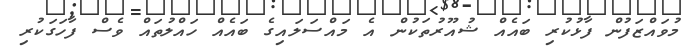
މުވައްޒަފުން ފާޅުކުރި ބައެއް ޝުއޫރުތަކުން އެ މައްސަލައިގެ ބައެއް ހައްލުތައް ވެސް ފާހަގަކުރި